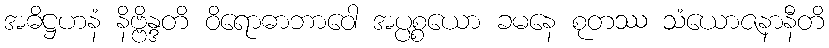
အဓိဋ္ဌဟနံ နိဗ္ဗိန္ဒတိ ဝိရောဓာဘာဝေါ အပ္ပစ္စယော ခမနေ စုတဿ သံယောဇနာနီတိ